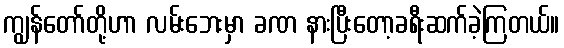
ကျွန်တော်တို့ဟာ လမ်းဘေးမှာ ခဏ နားပြီးတော့ခရီးဆက်ခဲ့ကြတယ်။